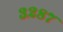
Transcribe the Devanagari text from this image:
३२८७